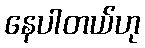
နေပါတယ်ဟု